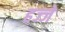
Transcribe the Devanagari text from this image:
हज्जे